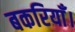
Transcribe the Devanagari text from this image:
बकरियाँ।